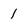
Character: 1